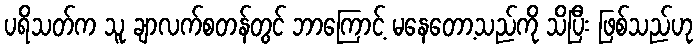
ပရိသတ်က သူ ချာလက်စတန်တွင် ဘာကြောင့် မနေတော့သည်ကို သိပြီး ဖြစ်သည်ဟု